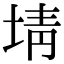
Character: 埥